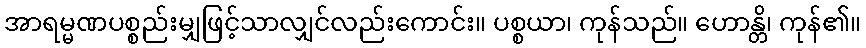
အာရမ္မဏပစ္စည်းမျှဖြင့်သာလျှင်လည်းကောင်း။ ပစ္စယာ၊ ကုန်သည်။ ဟောန္တိ၊ ကုန်၏။